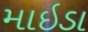
માઇડા